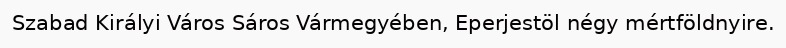
Szabad Királyi Város Sáros Vármegyében, Eperjestöl négy mértföldnyire.